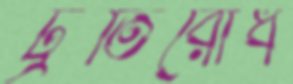
ট্রতিরোধ